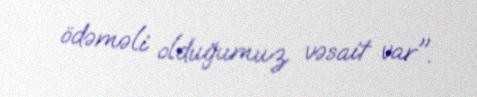
ödəməli olduğumuz vəsait var".